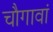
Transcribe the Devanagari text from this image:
चौगावां